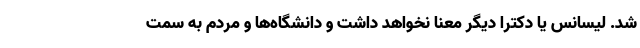
شد. لیسانس یا دکترا دیگر معنا نخواهد داشت و دانشگاه‌ها و مردم به سمت